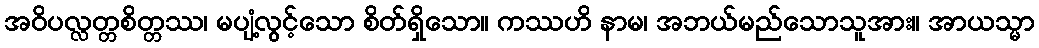
အဝိပလ္လတ္တစိတ္တဿ၊ မပျံ့လွင့်သော စိတ်ရှိသော။ ကဿဟိ နာမ၊ အဘယ်မည်သောသူအား။ အာယသ္မာ